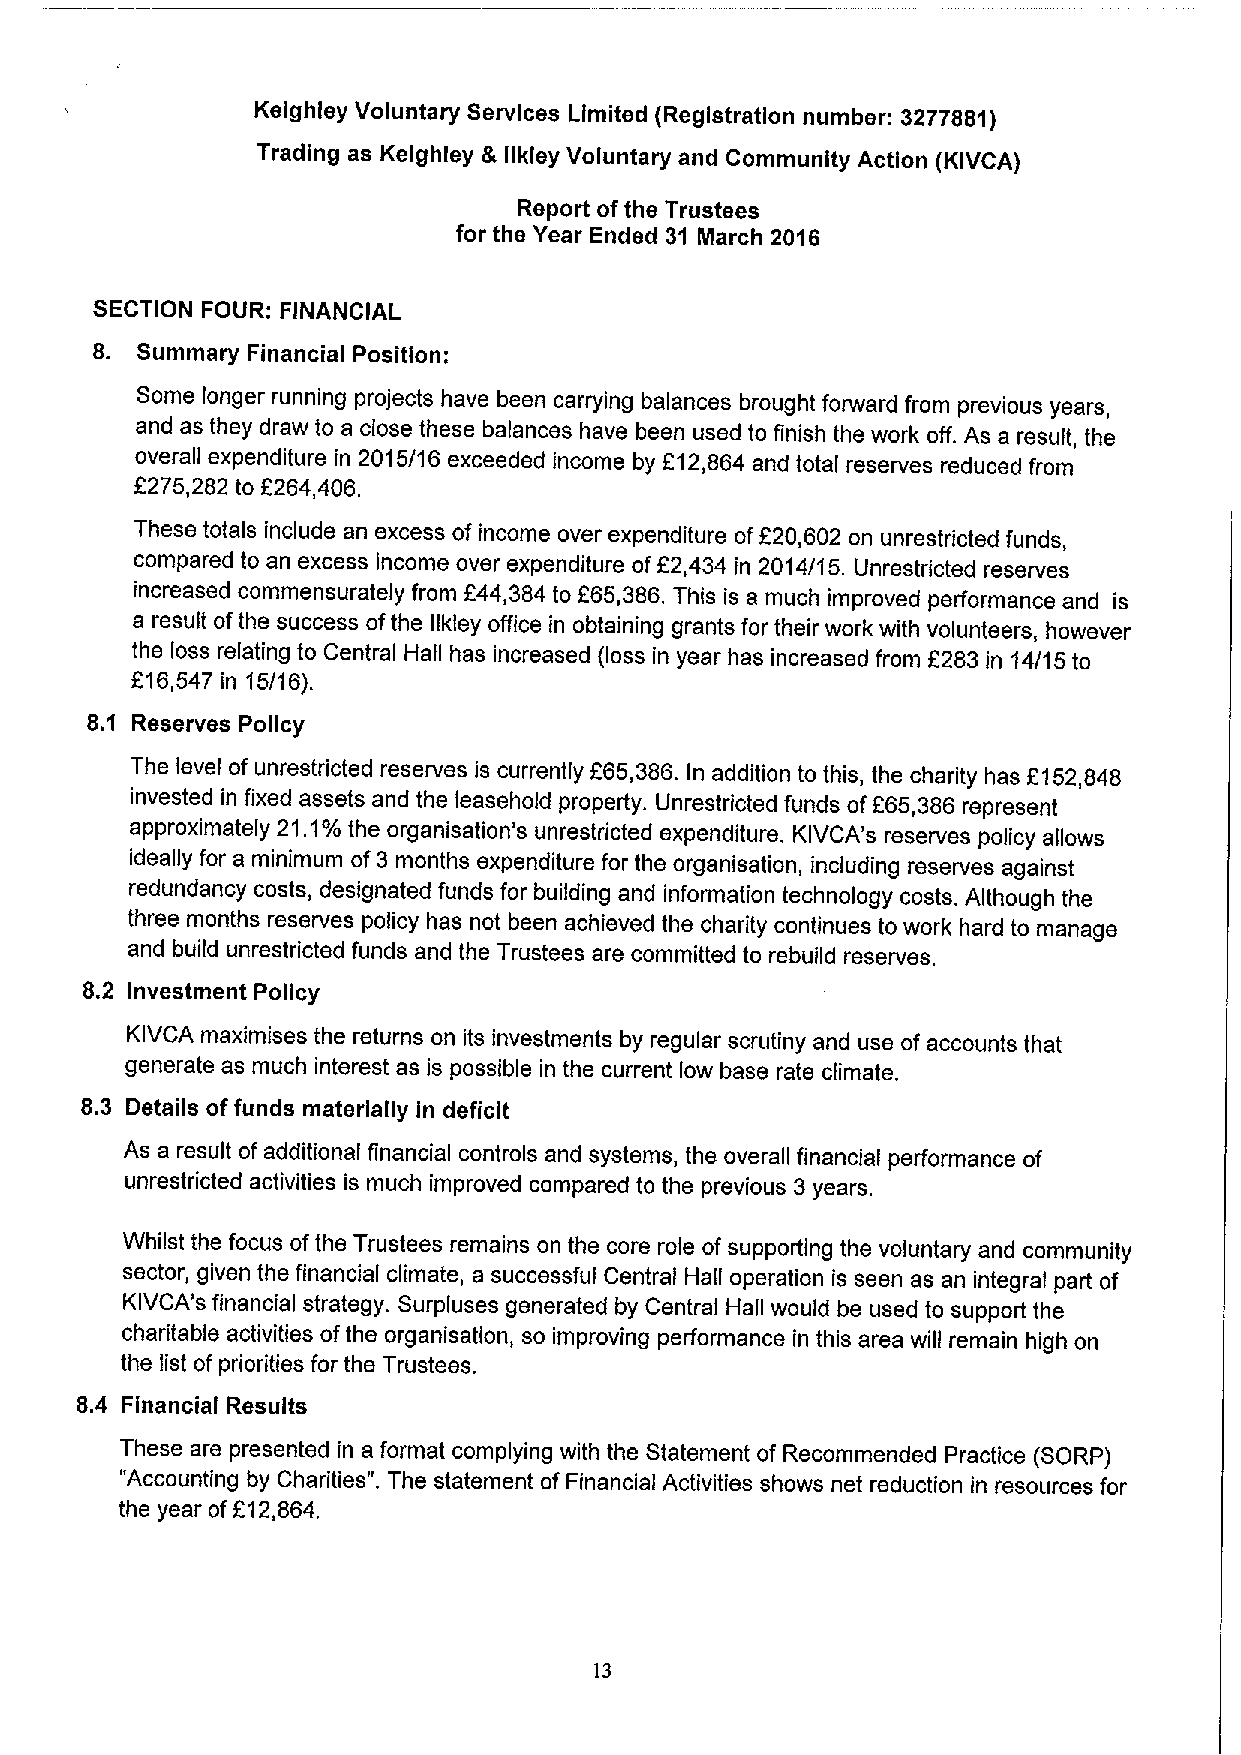
Keighley Voluntary Services Limited (Registration number: 3277881)
 Trading as Kelghley & llkley Voluntary and Community Action (KIVCA)
 Report ofthe Trustees
 for the Year Ended 31 March 2016
 SECTION FOUR: FINANCIAL
 8. Summary Financial Position:
 Some longer running projects have been carrying balances brought forward from previous years,
 and as they draw to a close these balances have been used to finish the work off. As a result, the
 overall expenditure in 2015/16 exceeded income by L'12,864 and total reserves reduced from
 8275,282 to f264,406.
 These totals include an excess of income over expenditure of220,602 on unrestricted funds,
 compared to an excess income over expenditure of f 2,434 in 2014/15. Unrestricted reserves
 increased commensurately from L'44,384 to f65,386.This is a much improved performance and is
 a result ofthe success ofthe llkley office in obtaining grants for their work with volunteers, however
 the loss relating to Central Hall has increased (loss in year has increased from L'283 in 14/15 to
 L'16,547 in 15/16).
 8.1 Reserves Policy
 The level ofunrestricted reserves is currently L'65,386. In addition to this, the charity has L152,848
 invested in fixed assets and the leasehold property. Unrestricted funds ofL'65,386 represent
 approximately 21.1%the organisation's unrestricted expenditure. KIVCA's reserves policy allows
 ideally for a minimum of3 months expenditure for the organisation, including reserves against
 redundancy costs, designated funds for building and information technology costs. Although the
 three months reserves policy has not been achieved the charity continues to work hard to manage
 and build unrestricted funds and the Trustees are committed to rebuild reserves.
 8.2 Investment Policy
 KIVCA maximises the returns on its investments by regular scrutiny and use of accounts that
 generate as much interest as is possible in the current low base rate climate.
 8.3 Details offunds materially in deficit
 As a result of additional financial controls and systems, the overall financial performance of
 unrestricted activities is much improved compared to the previous 3years.
 Whilst the focus ofthe Trustees remains on the core role of supporting the voluntary and community
 sector, given the financial climate, a successful Central Hall operation is seen as an integral part of
 KIVCA's financial strategy. Surpluses generated by Central Hall would be used to support the
 charitable activities ofthe organisation, so improving performance in this area will remain high on
 the list of priorities for the Trustees.
 8.4 Financial Results
 These are presented in a format complying with the Statement of Recommended Practice (SORP)
 "Accounting by Charities". The statement of Financial Activities shows net reduction in resources for
 the year ofL'12,664.
 13